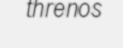
threnos